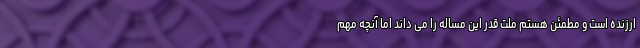
ارزنده است و مطمئن هستم ملت قدر این مساله را می داند اما آنچه مهم